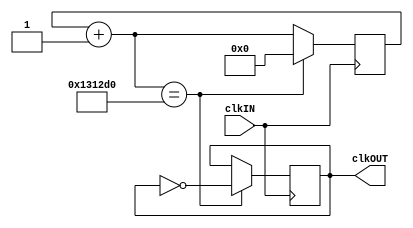
module clk_divider (clkIN, clkOUT);
	input clkIN;
	output reg clkOUT;
    reg [25:0]cnt;
    always @(posedge clkIN)
    begin
        cnt=cnt+1;
        if(cnt==1250000) begin
            clkOUT=~clkOUT;
				cnt = 0; end
    end
endmodule